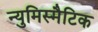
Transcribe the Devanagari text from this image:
न्युमिस्मैटिक